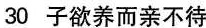
30 子欲养而亲不待